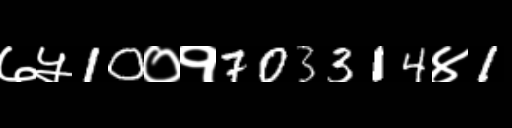
Text: ७५10०१703314४1